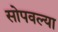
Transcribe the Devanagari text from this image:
सोपवल्या